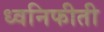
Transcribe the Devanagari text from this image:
ध्वनिफीती